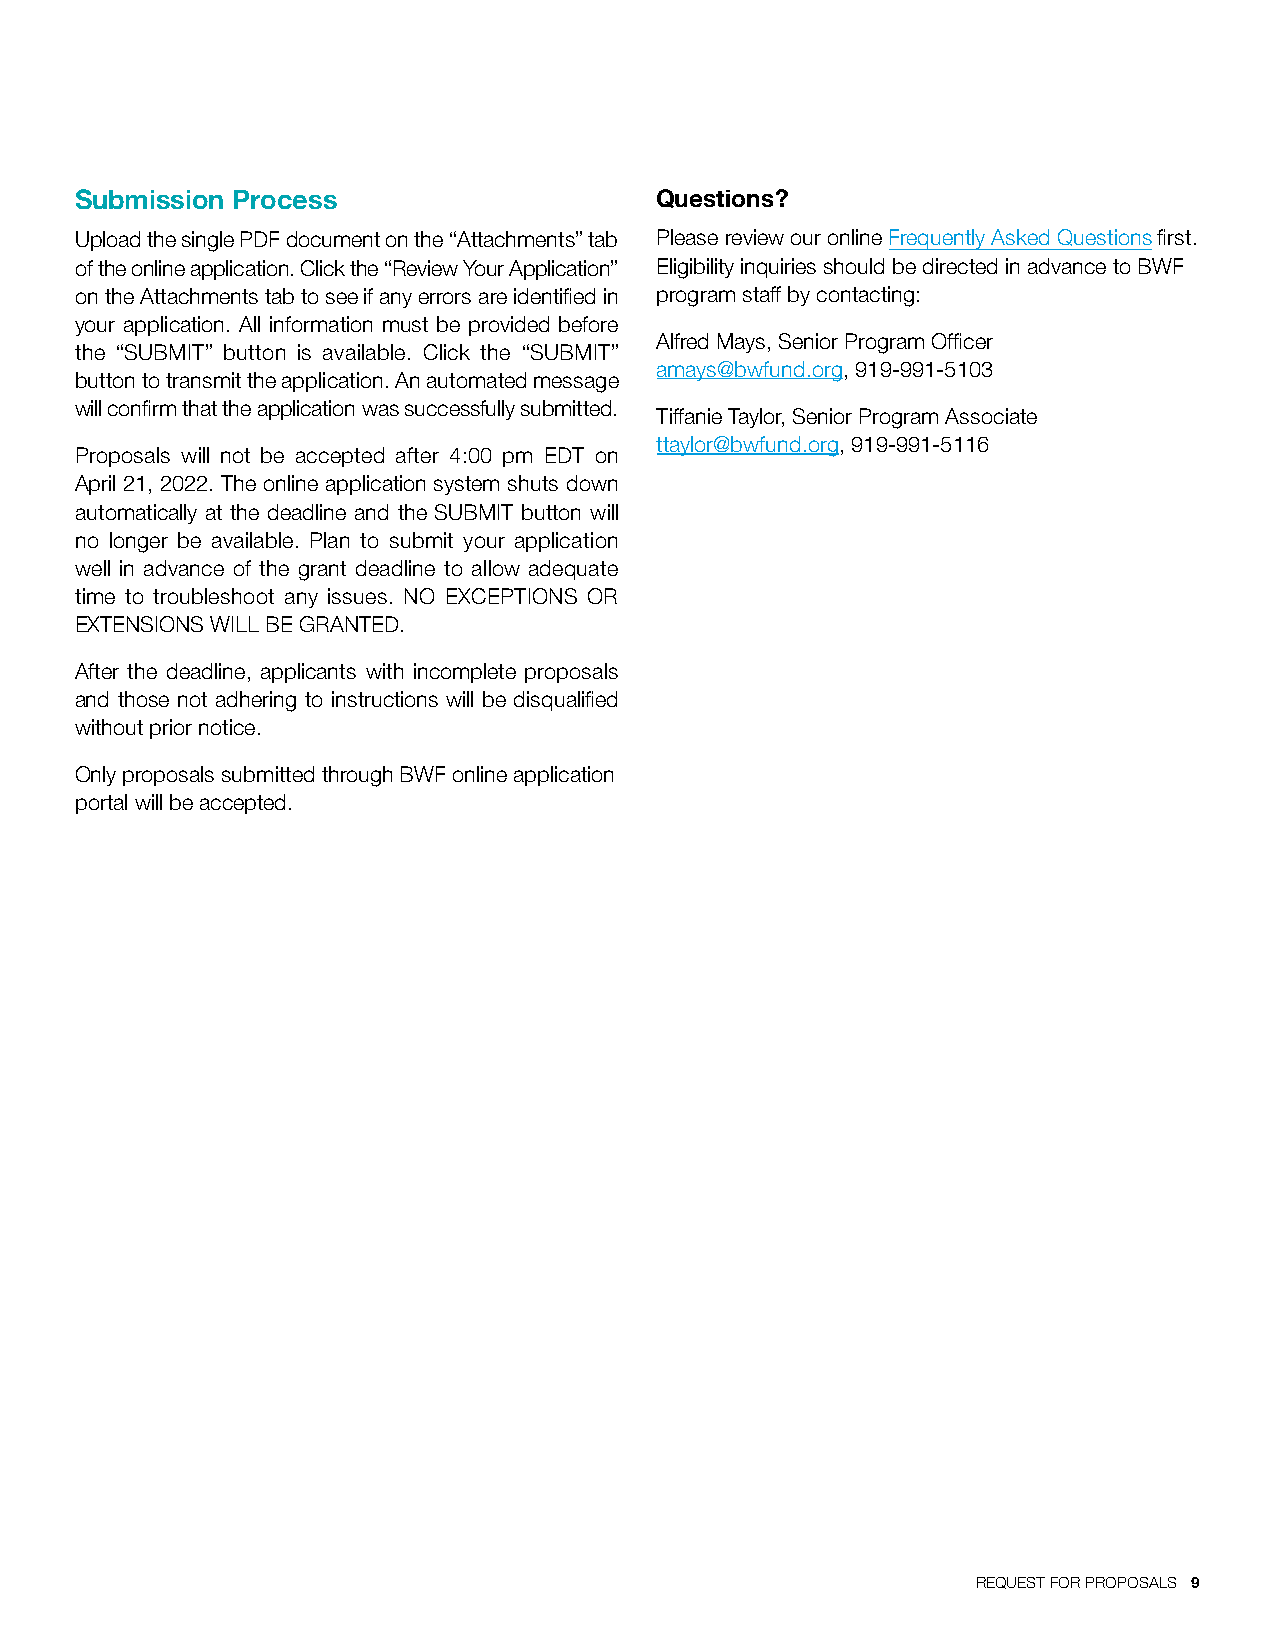
Submission Process                    Questions?
 Upload the single PDF document on the “Attachments” tab Please review our online Frequently Asked Questions first.
 of the online application. Click the “Review Your Application” Eligibility inquiries should be directed in advance to BWF
 on the Attachments tab to see if any errors are identified in program staff by contacting:
 your application. All information must be provided before
 Alfred Mays, Senior Program Officer
 the “SUBMIT” button is available. Click the “SUBMIT”
 amays@bwfund.org, 919-991-5103
 button to transmit the application. An automated message
 will confirm that the application was successfully submitted.
 Tiffanie Taylor, Senior Program Associate
 ttaylor@bwfund.org, 919-991-5116
 Proposals will not be accepted after 4:00 pm EDT on
 April 21, 2022. The online application system shuts down
 automatically at the deadline and the SUBMIT button will
 no longer be available. Plan to submit your application
 well in advance of the grant deadline to allow adequate
 time to troubleshoot any issues. NO EXCEPTIONS OR
 EXTENSIONS WILL BE GRANTED.
 After the deadline, applicants with incomplete proposals
 and those not adhering to instructions will be disqualified
 without prior notice.
 Only proposals submitted through BWF online application
 portal will be accepted.
 REQUEST FOR PROPOSALS 9